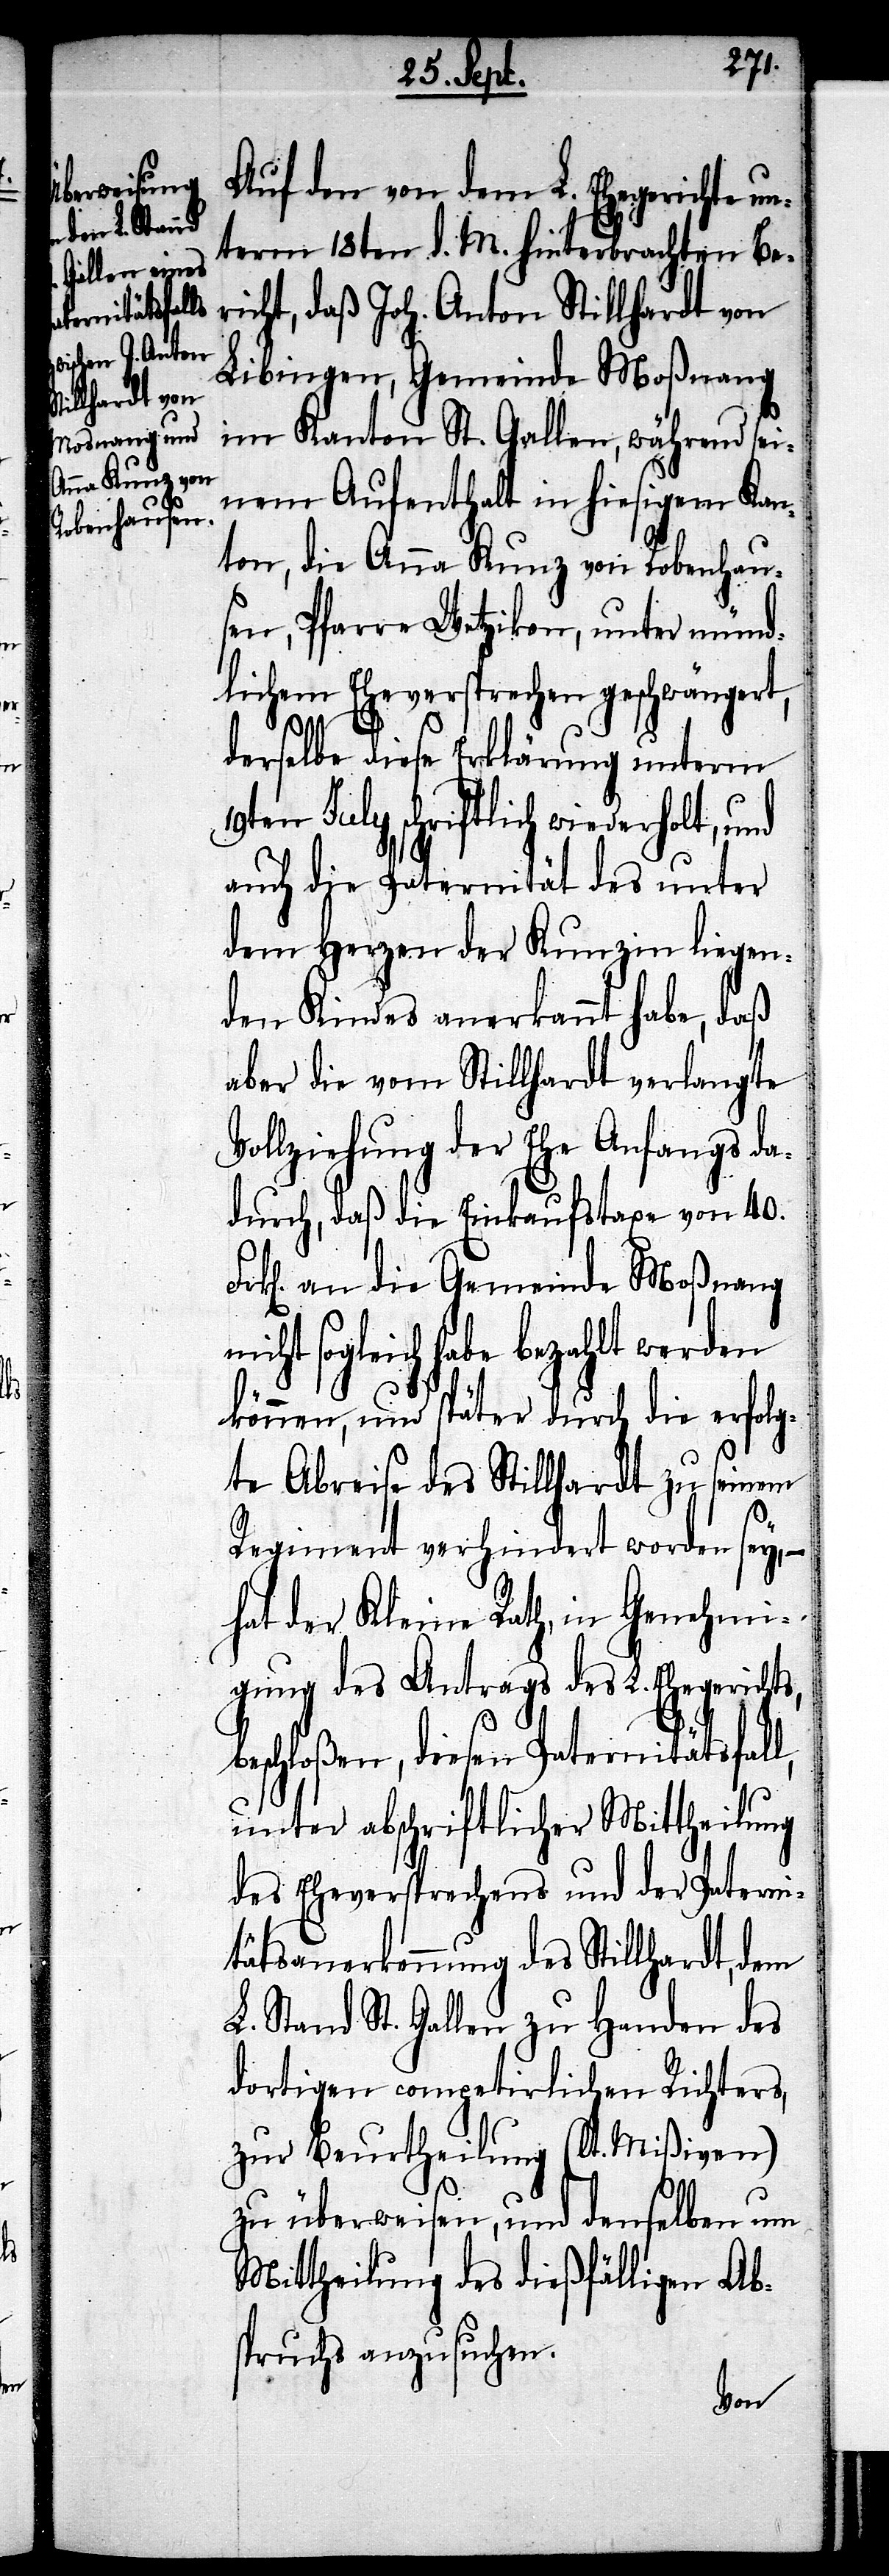
19t¬
Auf den von dem L. Ehegerichte u¬
nterm 18ten d. M. hinterbrachten Be¬
richt, daß Joh. Anton Stillhardt von
Libingen, Gemeinde Moßnang
im Kanton St. Gallen, während sei¬
nem Aufenthalt in hiesigem Kan¬
ton, die Anna Kunz von Robenhau¬
sen, Pfarre Wetzikon, unter münd¬
lichem Eheversprechen geschwängert,
derselbe diese Erklärung unterm
en July schriftlich wiederholt,
auch die Paternität des unter
dem Herzen der Kunzin liegen¬
den Kindes anerkannt habe, daß
aber die vom Stillhardt verlangte
Vollziehung der Ehe Anfangs da¬
durch, daß die Einkaufstaxe von 40.
an die Gemeinde Moßnang
nicht sogleich habe bezahlt werden
können, und später durch die erfolg¬
te Abreise des Stillhardt zu seinem
Regiment verhindert worden sey, –
hat der Kleine Rath, in Genehmi¬
gung des Antrags des L. Ehegerichts,
beschloßen, diesen Paternitätsfall,
unter abschriftlicher Mittheilung
des Eheversprechens und der Paterni¬
tätsanerkennung des Stillhardt, dem
L. Stand St. Gallen zu Handen des
dortigen compatirlichen Richters,
zur Beurtheilung (lt. Mißiven)
zu überweisen, und denselben um
Mittheilung des dießfälligen Ab¬
spruchs anzusuchen.